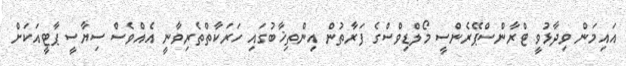
އައިމަން ވިދާޅުވީ ޓްރާންސްޕޭރެންސީ މޯލްޑިވްސްގެ ފަރާތުން އިންތިޚާބުގައި ހަރަކާތްތެރިވާނީ އެއްވެސް ސިޔާސީ ޕާޓީއަކަށް